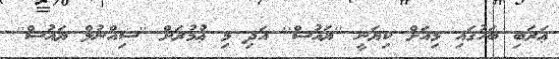
ޢަރަބި ބަހުގައި މިއަށް ކިޔަނީ ''ޔައުސް'' އަދި މި ޢުމުރަށް ''ސިއްނުލް ޔައުސް''